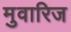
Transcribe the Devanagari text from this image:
मुवारिज